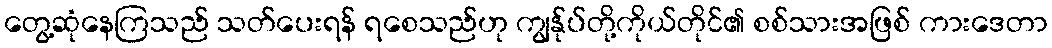
တွေ့ဆုံနေကြသည် သတ်ပေးရန် ရစေသည်ဟု ကျွန်ုပ်တို့ကိုယ်တိုင်၏ စစ်သားအဖြစ် ကားဒေတာ